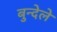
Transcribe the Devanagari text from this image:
बुन्देले